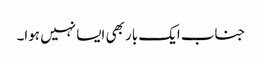
جناب ایک بار بھی ایسا نہیں ہوا۔